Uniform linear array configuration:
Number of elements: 12
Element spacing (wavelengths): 0.75
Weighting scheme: exponential
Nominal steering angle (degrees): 30
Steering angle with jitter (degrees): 30.051
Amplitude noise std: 0.05
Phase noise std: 0.05

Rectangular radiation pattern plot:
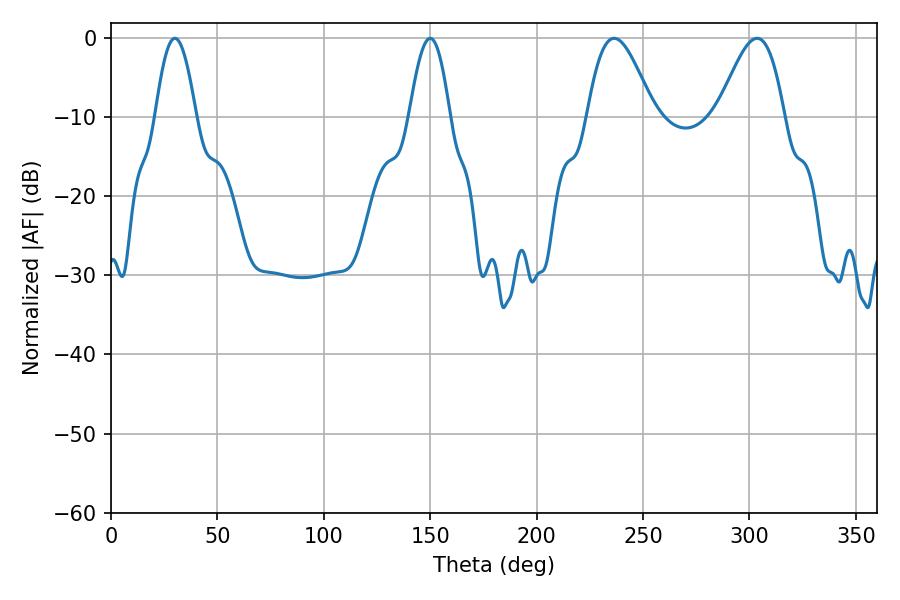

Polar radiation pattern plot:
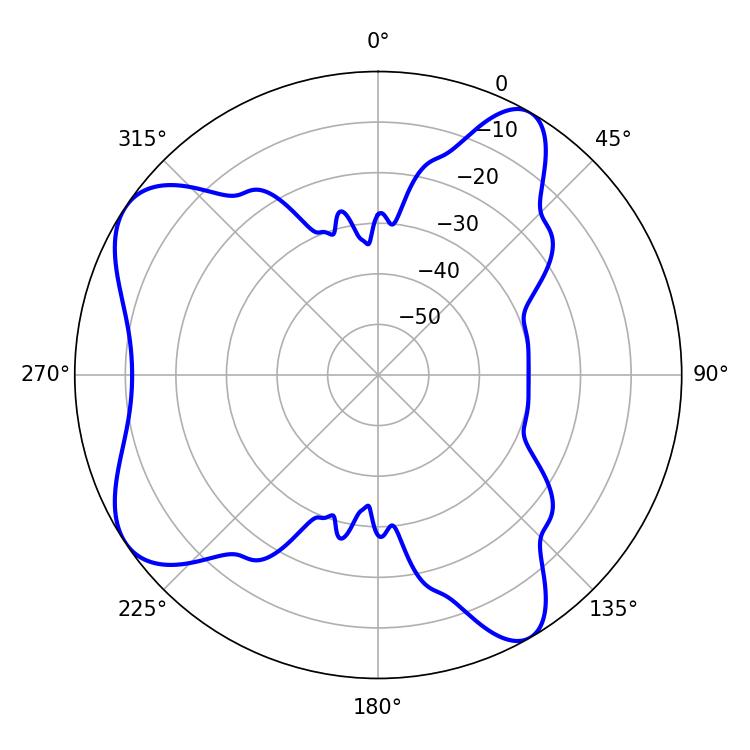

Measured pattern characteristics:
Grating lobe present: TRUE
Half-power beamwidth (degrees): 10.26
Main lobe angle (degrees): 30.06